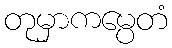
တုမှာကမ္ပေတံ